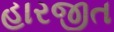
હારજીત